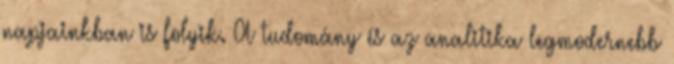
napjainkban is folyik. A tudomány és az analitika legmodernebb